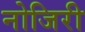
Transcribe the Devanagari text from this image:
नोजिरी